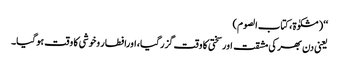
‘‘(مشکوٰۃ، کتاب الصوم)
یعنی دن بھر کی مشقت اورسختی کا وقت گزرگیا، اورافطار وخوشی کا وقت ہوگیا۔